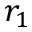
r _ { 1 }